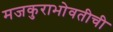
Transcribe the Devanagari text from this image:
मजकुराभोवतीची